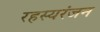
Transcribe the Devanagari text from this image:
रहस्यरंजन